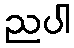
ညပါ